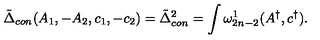
\tilde { \Delta } _ { c o n } ( A _ { 1 } , - A _ { 2 } , c _ { 1 } , - c _ { 2 } ) = \tilde { \Delta } _ { c o n } ^ { 2 } = \int \omega _ { 2 n - 2 } ^ { 1 } ( A ^ { \dagger } , c ^ { \dagger } ) .